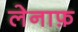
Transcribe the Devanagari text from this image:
लेनाफ़